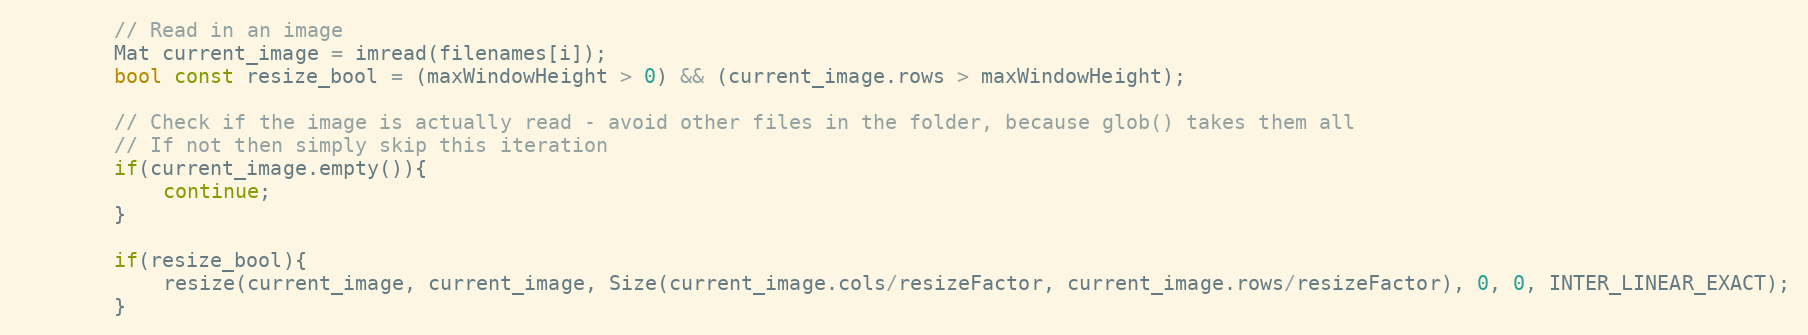
Language: C++
        // Read in an image
        Mat current_image = imread(filenames[i]);
        bool const resize_bool = (maxWindowHeight > 0) && (current_image.rows > maxWindowHeight);

        // Check if the image is actually read - avoid other files in the folder, because glob() takes them all
        // If not then simply skip this iteration
        if(current_image.empty()){
            continue;
        }

        if(resize_bool){
            resize(current_image, current_image, Size(current_image.cols/resizeFactor, current_image.rows/resizeFactor), 0, 0, INTER_LINEAR_EXACT);
        }